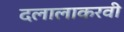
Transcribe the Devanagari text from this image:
दलालाकरवी